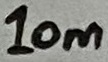
Text: 10m